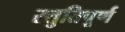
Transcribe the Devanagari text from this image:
स्तुतिपूर्ण